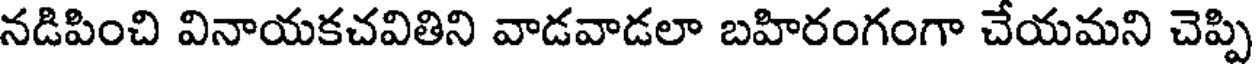
నడిపించి వినాయకచవితిని వాడవాడలా బహిరంగంగా చేయమని చెప్పి